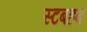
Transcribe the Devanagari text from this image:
स्टबहब